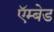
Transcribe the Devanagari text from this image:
ऍम्बेड